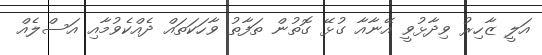
އަލީ ޒާހިރު ވިދާޅުވީ އޭނާއާ ގުޅޭ ގޮތުން ތަފާތު ވާހަކަތައް ދެއްކެވުމާއި އަސްލެއް